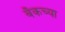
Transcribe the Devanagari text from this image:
बँकच्या